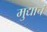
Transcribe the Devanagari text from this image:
मुद्याचं